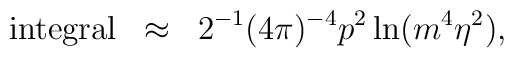
\begin{array}{rcl}{\rm integral}&\approx&\displaystyle 2^{-1}(4\pi)^{-4}p^2\ln(m^4\eta^2),\end{array}